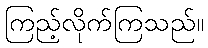
ကြည့်လိုက်ကြသည်။